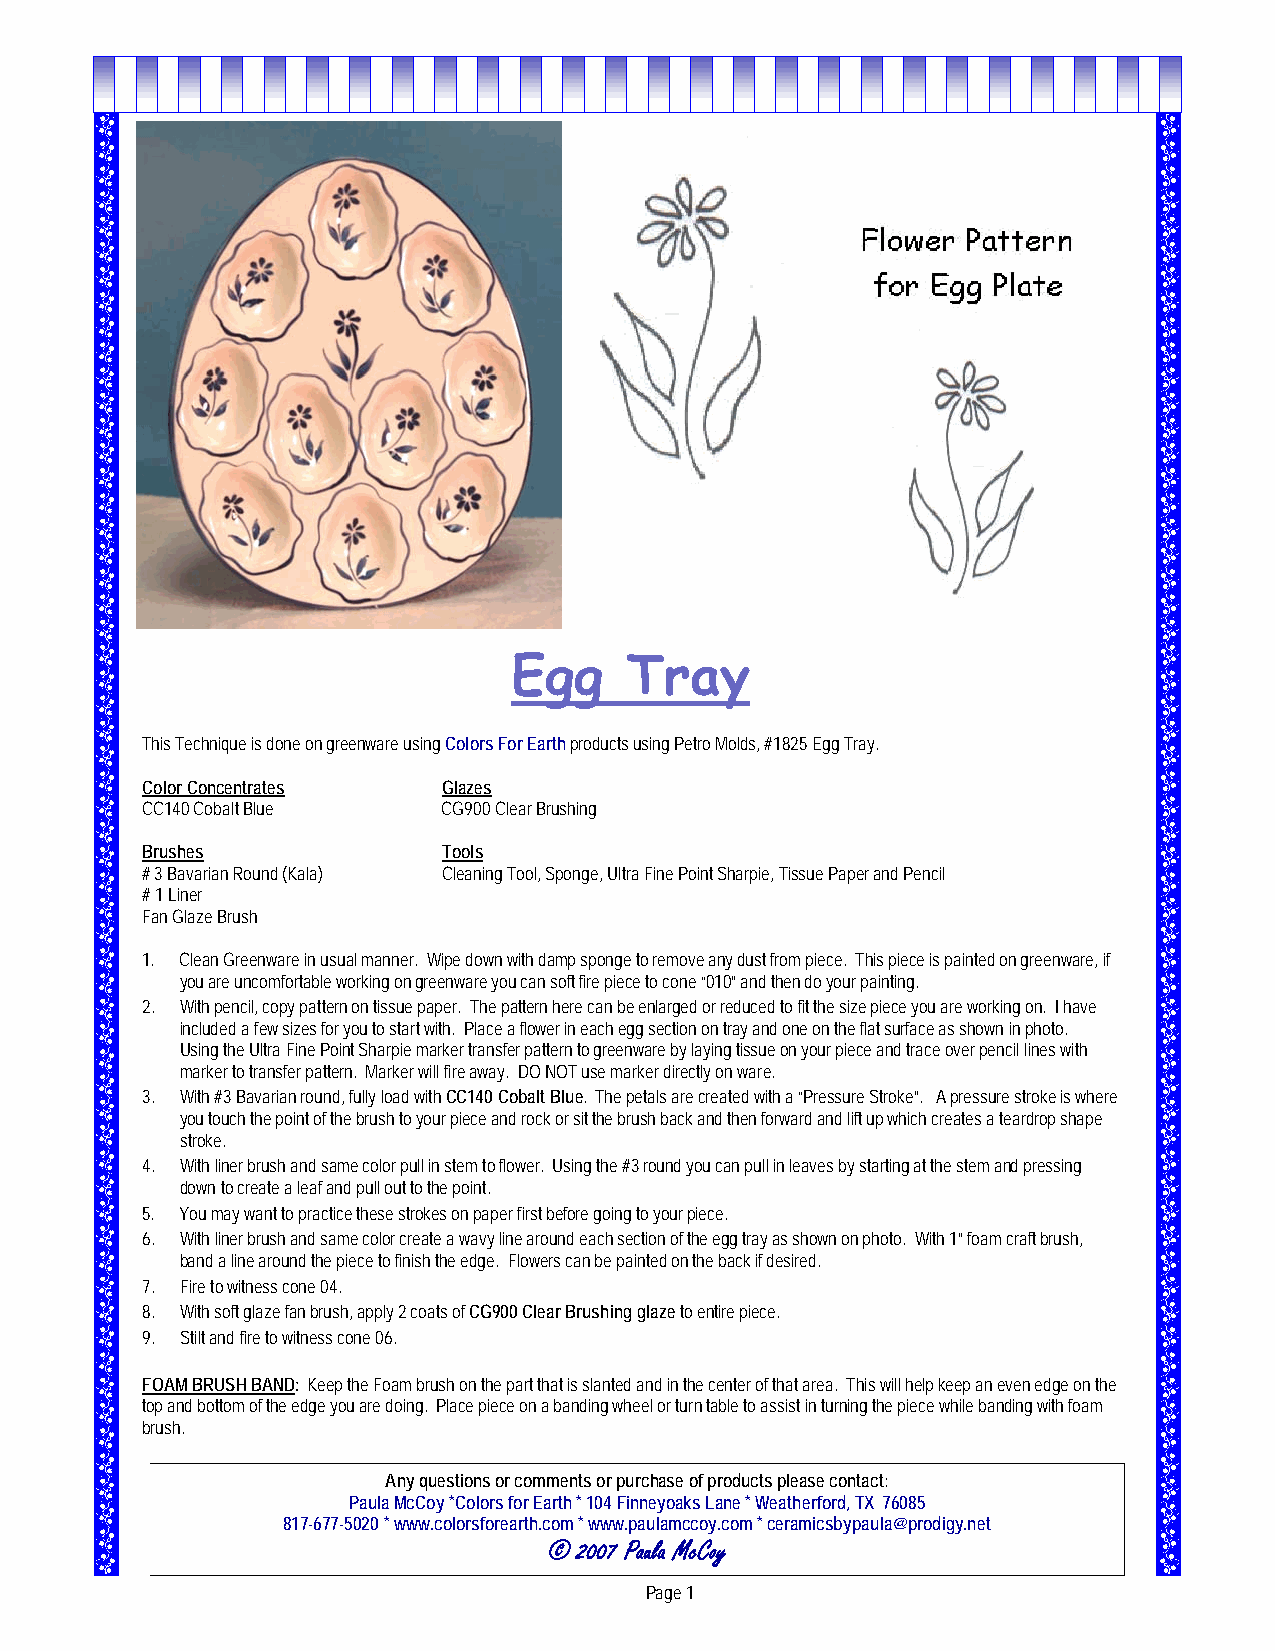
Egg    Tray
 This Technique is done on greenware using Colors For Earth products using Petro Molds, #1825 Egg Tray.
 Color Concentrates  Glazes
 CC140 Cobalt Blue   CG900 Clear Brushing
 Brushes             Tools
 # 3 Bavarian Round (Kala) Cleaning Tool, Sponge, Ultra Fine Point Sharpie, Tissue Paper and Pencil
 # 1 Liner
 Fan Glaze Brush
 1. Clean Greenware in usual manner. Wipe down with damp sponge to remove any dust from piece. This piece is painted on greenware, if
 you are uncomfortable working on greenware you can soft fire piece to cone “010” and then do your painting.
 2. With pencil, copy pattern on tissue paper. The pattern here can be enlarged or reduced to fit the size piece you are working on. I have
 included a few sizes for you to start with. Place a flower in each egg section on tray and one on the flat surface as shown in photo.
 Using the Ultra Fine Point Sharpie marker transfer pattern to greenware by laying tissue on your piece and trace over pencil lines with
 marker to transfer pattern. Marker will fire away. DO NOT use marker directly on ware.
 3. With #3 Bavarian round, fully load with CC140 Cobalt Blue. The petals are created with a “Pressure Stroke”. A pressure stroke is where
 you touch the point of the brush to your piece and rock or sit the brush back and then forward and lift up which creates a teardrop shape
 stroke.
 4. With liner brush and same color pull in stem to flower. Using the #3 round you can pull in leaves by starting at the stem and pressing
 down to create a leaf and pull out to the point.
 5. You may want to practice these strokes on paper first before going to your piece.
 6. With liner brush and same color create a wavy line around each section of the egg tray as shown on photo. With 1” foam craft brush,
 band a line around the piece to finish the edge. Flowers can be painted on the back if desired.
 7. Fire to witness cone 04.
 8. With soft glaze fan brush, apply 2 coats of CG900 Clear Brushing glaze to entire piece.
 9. Stilt and fire to witness cone 06.
 FOAM BRUSH BAND: Keep the Foam brush on the part that is slanted and in the center of that area. This will help keep an even edge on the
 top and bottom of the edge you are doing. Place piece on a banding wheel or turn table to assist in turning the piece while banding with foam
 brush.
 Any questions or comments or purchase of products please contact:
 Paula McCoy *Colors for Earth * 104 Finneyoaks Lane * Weatherford, TX 76085
 817-677-5020 * www.colorsforearth.com * www.paulamccoy.com * ceramicsbypaula@prodigy.net
 © 2007 Paula McCoy
 Page 1